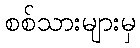
စစ်သားများမှ